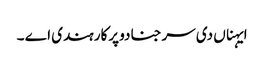
ایہناں دی سرجنا دو پرکار ہندی اے ۔